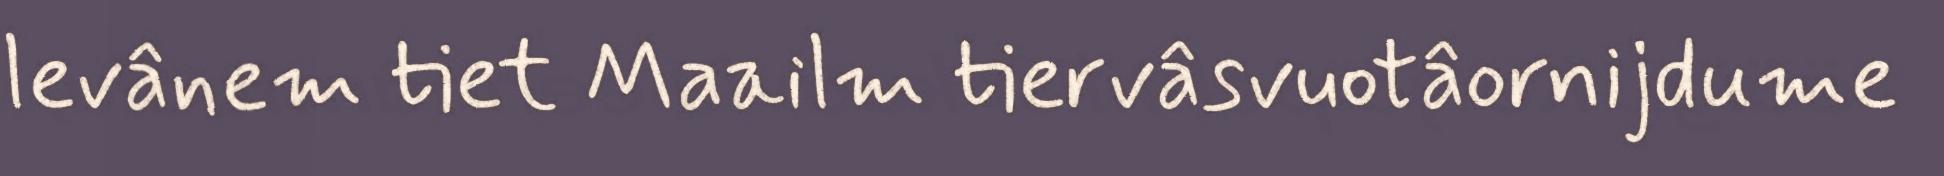
levânem tiet Maailm tiervâsvuotâornijdume